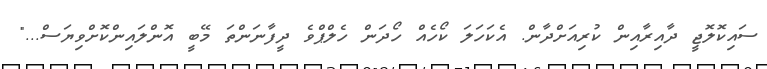
ސައިކޮލޮޖީ ދާއިރާއިން ކުރިއަށްދާން. އެކަހަލަ ކޯހެއް ހޯދަން ހެލްޕްވެ ދީފާނަންތަ މޭބީ އޮންލައިންކޮށްވިޔަސް..."